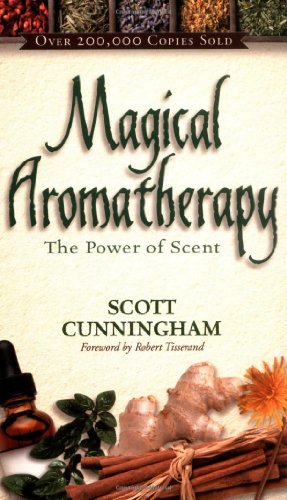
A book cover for Magical Aromatherapy: The Power of Scent (Llewellyn's New Age Series); Scott Cunningham; Health, Fitness & Dieting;